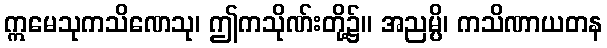
ဣမေသုကသိဏေသု၊ ဤကသိုဏ်းတို့၌။ အညမ္ပိ၊ ကသိဏာယတန